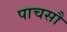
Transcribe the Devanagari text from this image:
पाचसौ